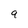
Character: q